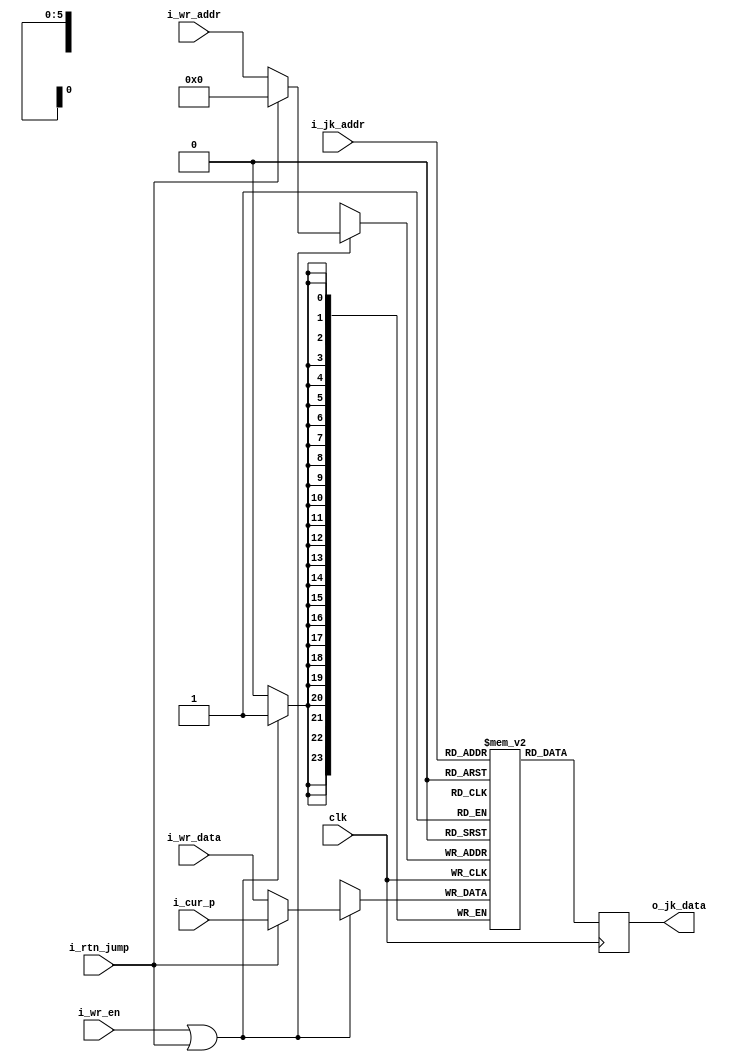
module b_regfile (clk,
                  i_jk_addr,
                  o_jk_data,
                  i_wr_addr,
                  i_wr_data,
                  i_wr_en,
						i_cur_p,
						i_rtn_jump);

parameter WIDTH = 24;
parameter DEPTH = 64;
parameter LOGDEPTH = 6;


input  wire                clk;
input  wire [LOGDEPTH-1:0] i_jk_addr;
output reg  [WIDTH-1:0]   	o_jk_data;
input  wire [LOGDEPTH-1:0] i_wr_addr;
input  wire [WIDTH-1:0]    i_wr_data;
input  wire                i_wr_en;
input  wire [WIDTH-1:0]    i_cur_p;
input  wire                i_rtn_jump;

reg [WIDTH-1:0] data [DEPTH-1:0];     //the actual registers
reg [LOGDEPTH-1:0] jk_addr;
wire [WIDTH-1:0] wr_addr;
wire write_enable;
wire [23:0] data_to_be_written;


assign wr_addr = i_rtn_jump ? 6'b0 : i_wr_addr;
assign write_enable = i_wr_en || i_rtn_jump;
assign data_to_be_written = i_rtn_jump ? i_cur_p : i_wr_data;

`ifndef USE_CORES

//write a register
always@(posedge clk)
   if(write_enable)
      data[wr_addr] <= data_to_be_written;

always@(posedge clk)
	o_jk_data <= data[i_jk_addr];

//   jk_addr <= i_jk_addr;
//read registers
//assign o_jk_data = data[jk_addr];

`else

Block_Memory_64x24 bmem (
	.clka(clk),
	.wea(write_enable), 
	.addra(wr_addr), 
	.dina(data_to_be_written), 
	.clkb(clk),
	.rstb(rst),
	.addrb(i_jk_addr),
	.doutb(o_jk_data)); // Bus [63 : 0] 

`endif // USE_CORES
	
endmodule